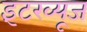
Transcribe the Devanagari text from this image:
इंटरव्यूज